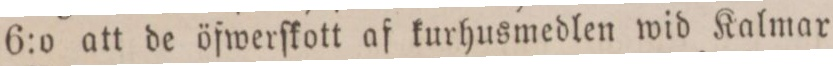
6:o att de öfwerſkott af kurhusmedlen wid Kalmar